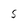
Character: 5